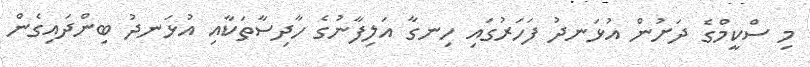
މި ސްކީމްގެ ދަށުން އުޅަނދު ފަހަރުގައި ހިނގާ އަލިފާނުގެ ހާދިސާތަކާއި އުޅަނދު ބިންދައިގެން